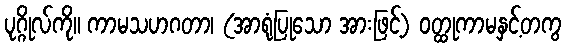
ပုဂ္ဂိုလ်ကို။ ကာမသဟဂတာ၊ (အာရုံပြုသော အားဖြင့်) ဝတ္ထုကာမနှင့်တကွ